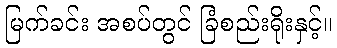
မြက်ခင်း အစပ်တွင် ခြံစည်းရိုးနှင့်။